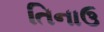
તિનાઉ